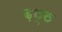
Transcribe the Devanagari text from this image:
ढ़ठ्ठ